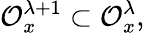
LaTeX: {\cal O}_{x}^{\lambda+1}\subset{\cal O}_{x}^{\lambda},